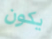
يكون